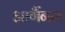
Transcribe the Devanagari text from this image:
आर्गैनम